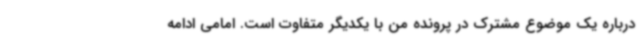
درباره یک موضوع مشترک در پرونده من با یکدیگر متفاوت است. امامی ادامه